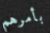
بأمرهم